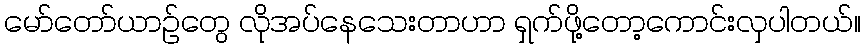
မော်တော်ယာဉ်တွေ လိုအပ်နေသေးတာဟာ ရှက်ဖို့တော့ကောင်းလှပါတယ်။